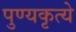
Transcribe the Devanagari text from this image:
पुण्यकृत्ये